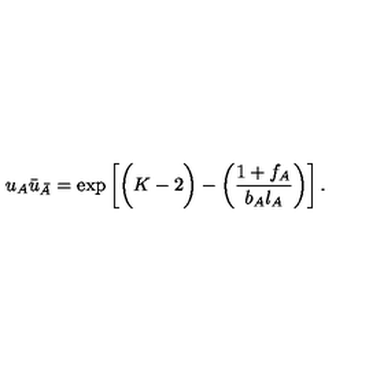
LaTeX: u _ { A } \bar { u } _ { \bar { A } } = \exp \left[ \bigg ( K - 2 \bigg ) - \left( { \frac { 1 + f _ { A } } { b _ { A } \l _ { A } } } \right) \right] .